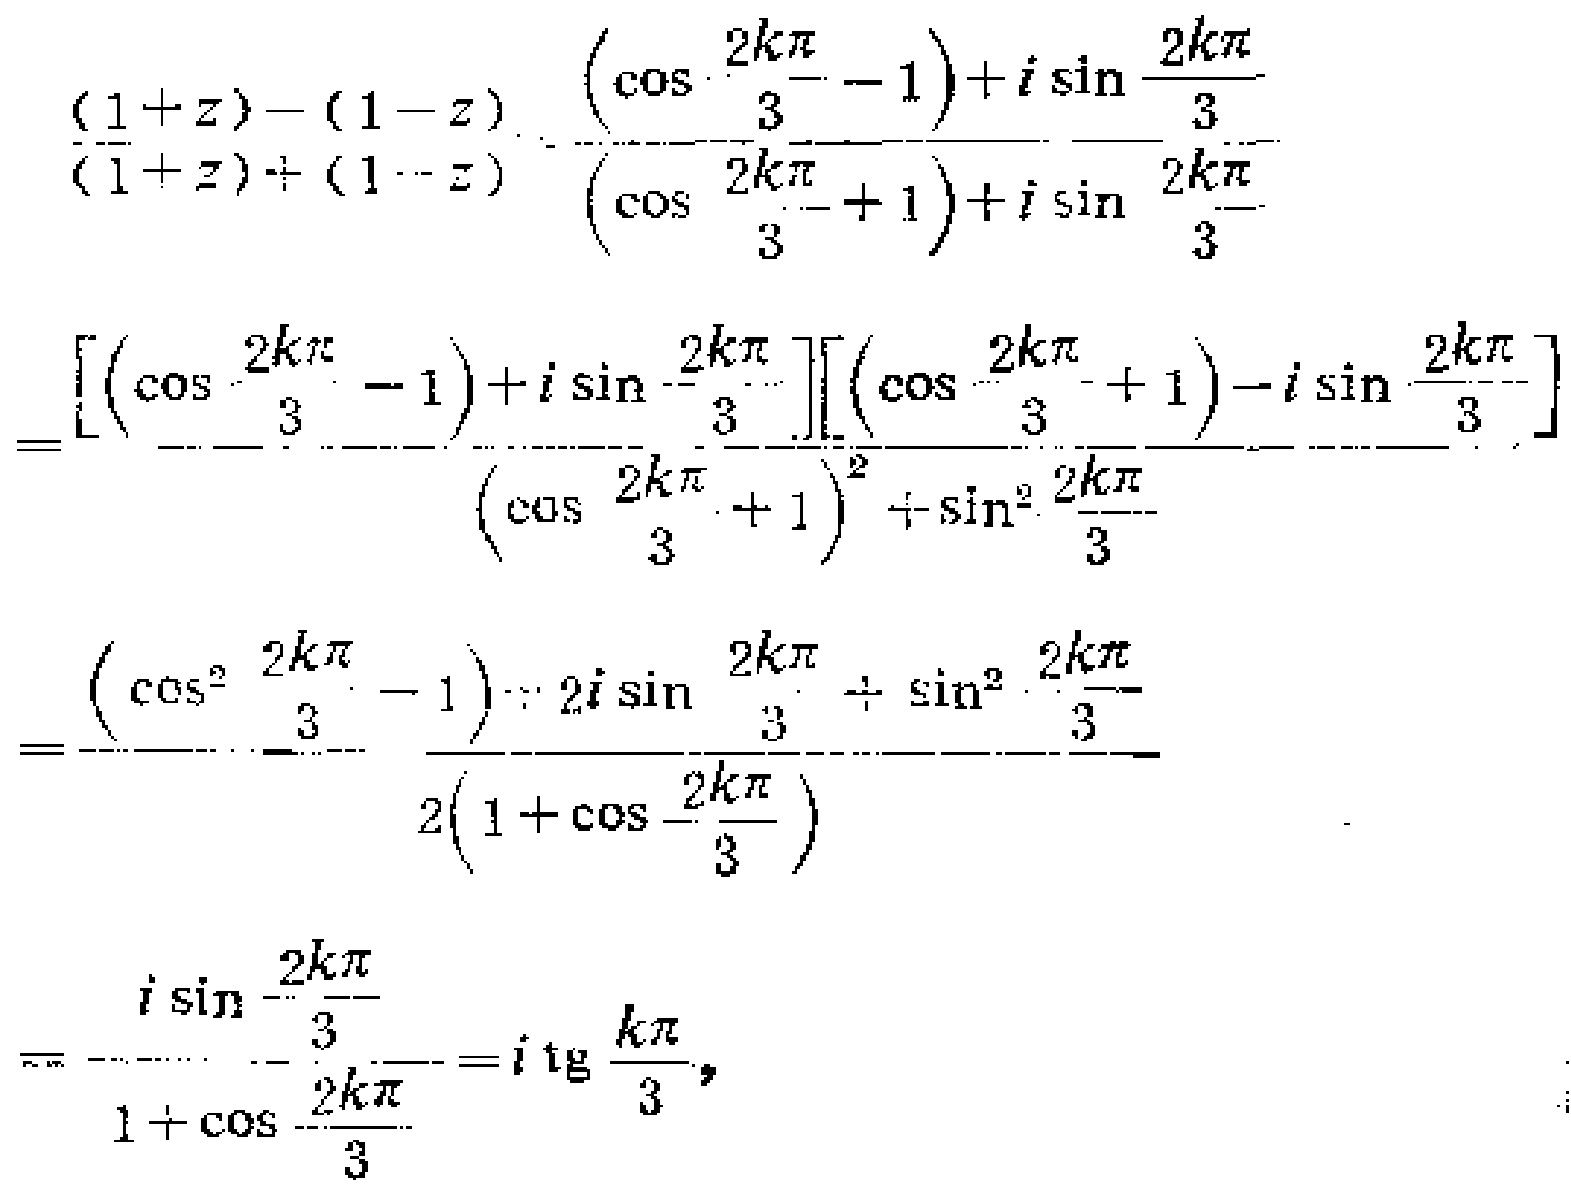
\[
\begin{align*}
&\frac{(1 + z)-(1 - z)}{(1 + z)+(1 - z)}=\frac{\left(\cos\frac{2k\pi}{3}-1\right)+i\sin\frac{2k\pi}{3}}{\left(\cos\frac{2k\pi}{3}+1\right)+i\sin\frac{2k\pi}{3}}\\
=&\frac{\left[\left(\cos\frac{2k\pi}{3}-1\right)+i\sin\frac{2k\pi}{3}\right]\left[\left(\cos\frac{2k\pi}{3}+1\right)-i\sin\frac{2k\pi}{3}\right]}{\left(\cos\frac{2k\pi}{3}+1\right)^{2}+\sin^{2}\frac{2k\pi}{3}}\\
=&\frac{\left(\cos^{2}\frac{2k\pi}{3}-1\right)+2i\sin\frac{2k\pi}{3}+\sin^{2}\frac{2k\pi}{3}}{2\left(1 + \cos\frac{2k\pi}{3}\right)}\\
=&\frac{i\sin\frac{2k\pi}{3}}{1+\cos\frac{2k\pi}{3}}=i\operatorname{tg}\frac{k\pi}{3},
\end{align*}
\]